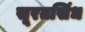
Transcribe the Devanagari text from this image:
सूरतसिंध